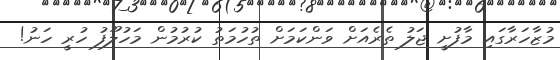
މުޒާހަރާގައި މާފުށީ ޖަލު ތެރެއަށް ވަންކަމަށް ތުހުމަތު ކުރުމުން މަހުލޫފު ހުރީ ހަނު!